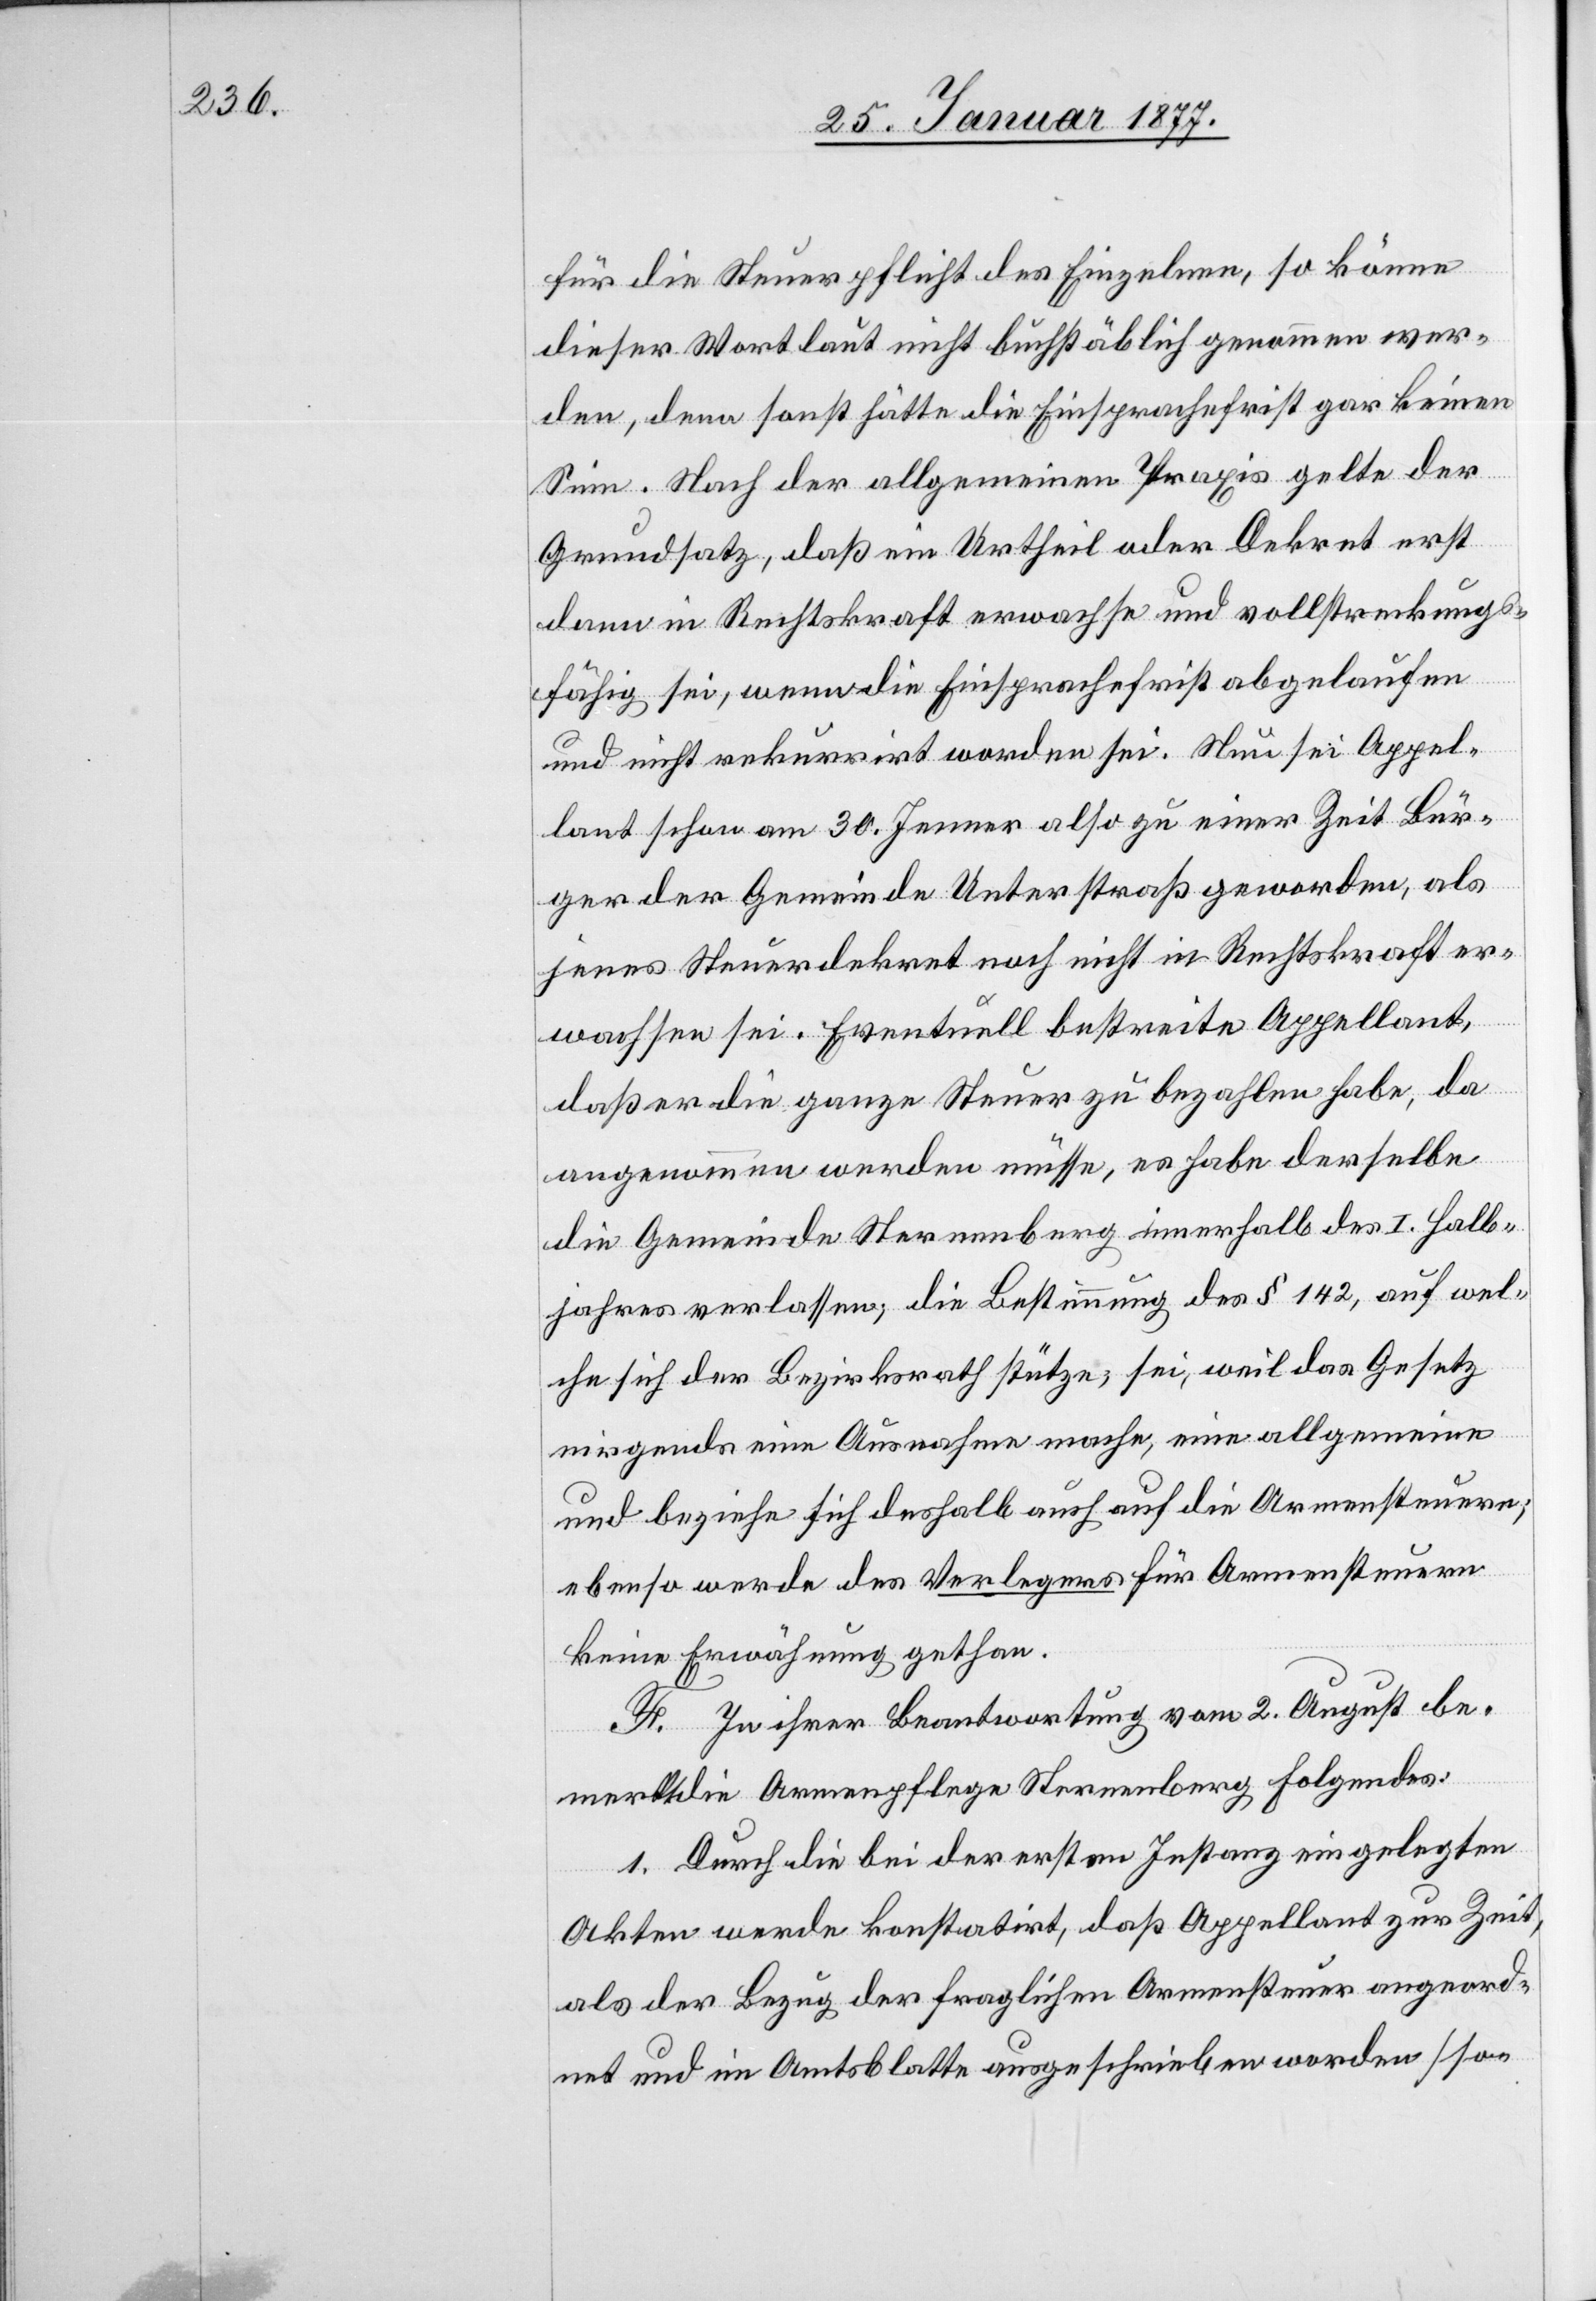
für die Steuerpflicht des Einzelnen, so könne
dieser Wortlaut nicht buchstäblich genommen wer¬
den, denn sonst hätte die Einsprachefrist gar keinen
Sinn. Nach der allgemeinen Praxis gelte der
Grundsatz, daß ein Urtheil oder Dekret erst
dann in Rechtskraft erwachse und vollstreckungs¬
fähig sei, wenn die Einsprachefrist abgelaufen
und nicht rekurrirt worden sei. Nun sei Appel¬
lant schon am 30. Jenner also zu einer Zeit Bür¬
ger der Gemeinde Unterstraß geworden, als
jenes Steuerdekret noch nicht in Rechtskraft er¬
wachsen sei. Eventuell bestreite Appellant,
daß er die ganze Steuer zu bezahlen habe, da
angenommen werden müsse, es habe derselbe
die Gemeinde Sternenberg innerhalb des I. Halb¬
jahres verlassen, die Bestimmung des § 142, auf wel¬
che sich der Bezirksrath stütze, sei, weil das Gesetz
nirgends eine Ausnahme mache, eine allgemeine
und beziehe sich deshalb auch auf die Armensteuern;
ebenso werde des Verlegers für Armensteuern
keine Erwähnung gethan.
F. In ihrer Beantwortung vom 2. August be¬
merkt die Armenpflege Sternenberg folgendes:
1. Durch die bei der ersten Instanz eingelegten
Akten werde konstatirt, daß Appellant zur Zeit,
als der Bezug der fraglichen Armensteuer angeord¬
net und im Amtsblatte ausgeschrieben worden [so-